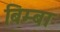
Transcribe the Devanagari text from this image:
बिम्बा